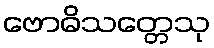
ဗောဓိသတ္တေသု